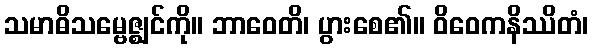
သမာဓိသမ္ဗေဇ္ဈင်ကို။ ဘာဝေတိ၊ ပွားစေ၏။ ဝိဝေကနိဿိတံ၊